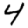
Digit: 4